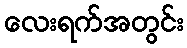
လေးရက်အတွင်း